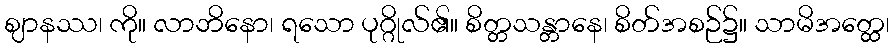
ဈာနဿ၊ ကို။ လာဘိနော၊ ရသော ပုဂ္ဂိုလ်၏။ စိတ္တသန္တာနေ၊ စိတ်အစဉ်၌။ သာမိအတ္ထေ၊